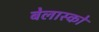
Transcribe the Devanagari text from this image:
बेलास्को